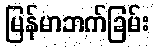
မြန်မာဘက်ခြမ်း